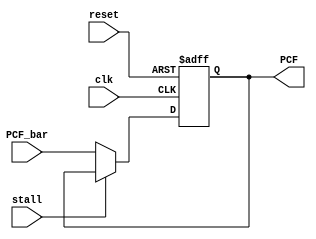
`timescale 1ns / 1ps
//////////////////////////////////////////////////////////////////////////////////
// Company: 
// Engineer: 
// 
// Design Name: 
// Module Name: ProgramCounter
// Project Name: 
// Target Devices: 
// Tool Versions: 
// Description: 
// 
// Dependencies: 
// 
// Revision:
// Revision 0.01 - File Created
// Additional Comments:
// 
//////////////////////////////////////////////////////////////////////////////////


module ProgramCounter(
input [31:0]PCF_bar,
input reset,
input clk,
input stall, 
output reg [31:0]PCF);

always @(posedge clk,posedge reset)
begin
	if(reset)
		PCF <= 32'b0;
	else if (stall)
		PCF <= PCF;
	else begin
		PCF <= PCF_bar;
	end
end
endmodule